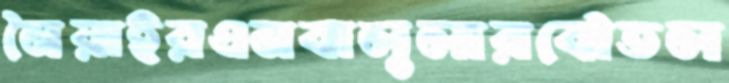
নৈয়াইরএমবালুলারবৌতল